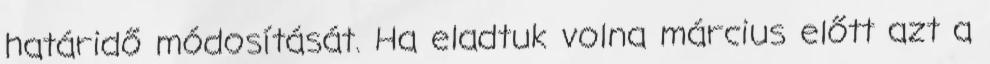
határidő módosítását. Ha eladtuk volna március előtt azt a